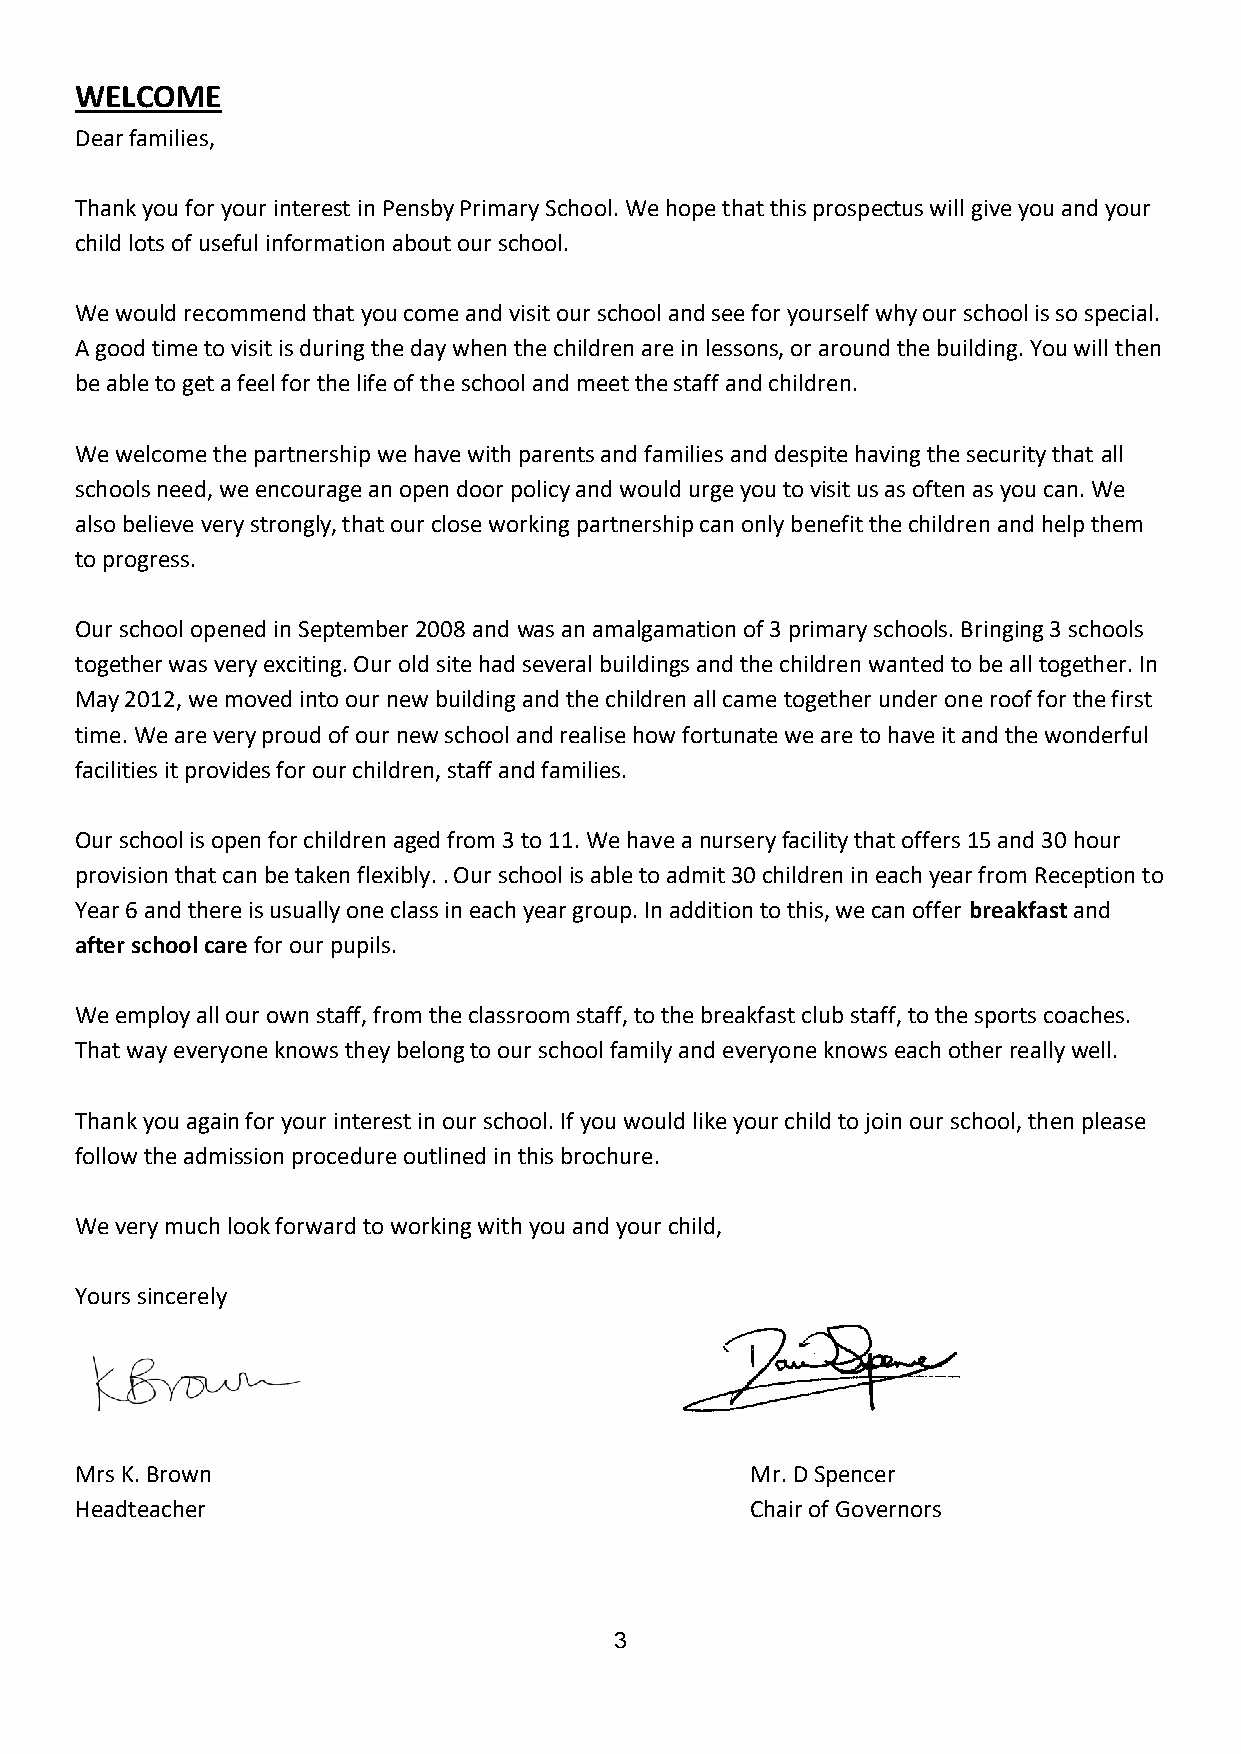
WELCOME
 Dear families,
 Thank you for your interest in Pensby Primary School. We hope that this prospectus will give you and your
 child lots of useful information about our school.
 We would recommend that you come and visit our school and see for yourself why our school is so special.
 A good time to visit is during the day when the children are in lessons, or around the building. You will then
 be able to get a feel for the life of the school and meet the staff and children.
 We welcome the partnership we have with parents and families and despite having the security that all
 schools need, we encourage an open door policy and would urge you to visit us as often as you can. We
 also believe very strongly, that our close working partnership can only benefit the children and help them
 to progress.
 Our school opened in September 2008 and was an amalgamation of 3 primary schools. Bringing 3 schools
 together was very exciting. Our old site had several buildings and the children wanted to be all together. In
 May 2012, we moved into our new building and the children all came together under one roof for the first
 time. We are very proud of our new school and realise how fortunate we are to have it and the wonderful
 facilities it provides for our children, staff and families.
 Our school is open for children aged from 3 to 11. We have a nursery facility that offers 15 and 30 hour
 provision that can be taken flexibly. . Our school is able to admit 30 children in each year from Reception to
 Year 6 and there is usually one class in each year group. In addition to this, we can offer breakfast and
 after school care for our pupils.
 We employ all our own staff, from the classroom staff, to the breakfast club staff, to the sports coaches.
 That way everyone knows they belong to our school family and everyone knows each other really well.
 Thank you again for your interest in our school. If you would like your child to join our school, then please
 follow the admission procedure outlined in this brochure.
 We very much look forward to working with you and your child,
 Yours sincerely
 Mrs K. Brown                                 Mr. D Spencer
 Headteacher                                  Chair of Governors
 3